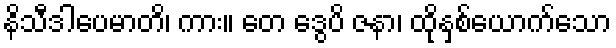
နိသီဒါပေမာတိ၊ ကား။ တေ ဒွေပိ ဇနာ၊ ထိုနှစ်ယောက်သော